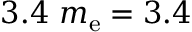
3 . 4 ~ m _ { \mathrm { e } } = 3 . 4